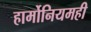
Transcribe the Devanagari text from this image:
हार्मोनियमही